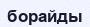
борайды